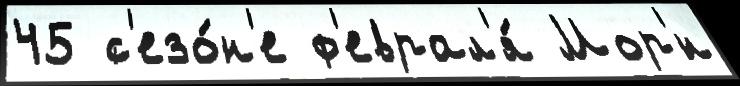
45 с'езо́н'е ф'еврал'я́ Мор'́н